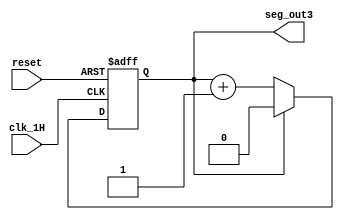
`timescale 1ns / 1ps
//////////////////////////////////////////////////////////////////////////////////
// Company: 
// Engineer: 
// 
// Design Name: 
// Module Name: user_module1
// Project Name: 
// Target Devices: 
// Tool Versions: 
// Description: 
// 
// Dependencies: 
// 
// Revision:
// Revision 0.01 - File Created
// Additional Comments:
// 
//////////////////////////////////////////////////////////////////////////////////


module user_module3(
    input clk_1H,
    input reset,
    output seg_out3
    );
    reg count_reg=0;
    
    reg count_next=0;
    always @(posedge clk_1H or posedge reset)
    begin
    if (reset)
    count_reg<=0;
    else
    count_reg<=count_next;
    end
    always@(*)
    begin
    if(count_reg==1)
    count_next=0;
    else
   count_next=count_reg+1;
   end
   assign seg_out3=count_reg;
   endmodule